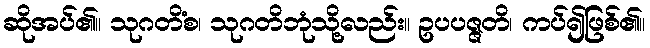
ဆိုအပ်၏။ သုဂတိံစ၊ သုဂတိဘုံသို့လည်း။ ဥပပဇ္ဇတိ၊ ကပ်၍ဖြစ်၏။